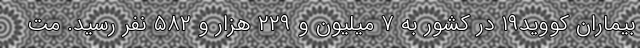
بیماران کووید۱۹ در کشور به ۷ میلیون و ۲۲۹ هزار و ۵۸۲ نفر رسید. مت